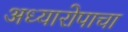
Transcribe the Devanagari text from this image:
अध्यारोपाचा